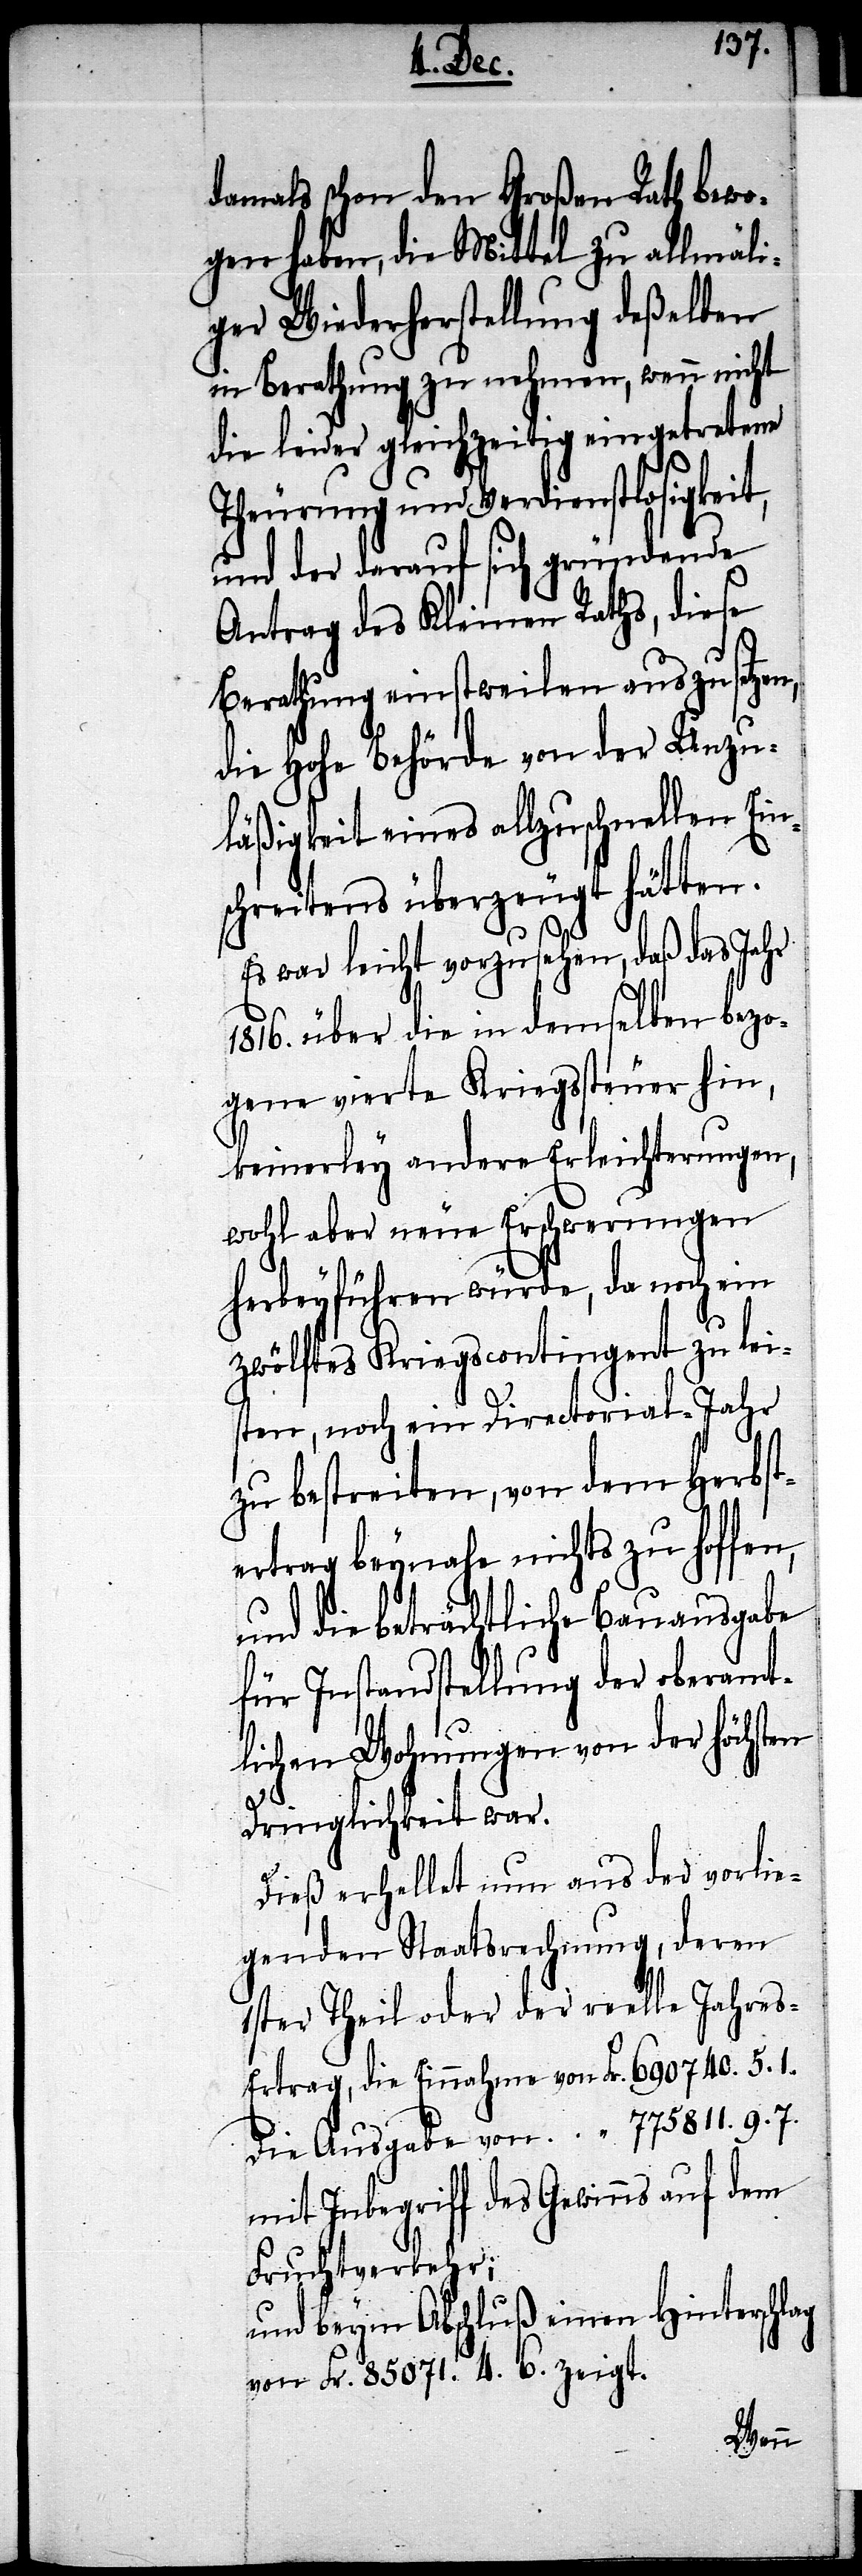
damals schon den Großen Rath bewo¬
gen haben, die Mittel zu allmäli¬
ger Wiederherstellung deßelben
in Berathung zu nehmen, wenn nicht
die leider gleichzeitig eingetretene
Theurung und Verdienstlosigkeit,
und der darauf sich gründende
Antrag des Kleinen Raths, diese
Berathung einstweilen, auszusetzen,
die Hohe Behörde von der Unzu¬
läßigkeit eines allzuschnellen Eins¬
chreitens überzeugt hätten.
Es war leicht vorzusehen, daß das Jahr
1816. über die in demselben bezo¬
gene vierte Kriegssteuer hin,
keinerley andere Erleichterungen,
wohl aber neue Erschwerungen
herbeyführen würde, da noch ein
zwölftes Kriegscontingent zu lei¬
sten, noch ein Directorial-Jahr
zu bestreiten, von dem Herbst¬
ertrag beynahe nichts zu hoffen,
und die beträchtliche Bauausgabe
für Instandstellung der oberamt¬
lichen Wohnungen von der höchsten
Dringlichkeit war.
Dieß erhellet nun aus der vorlie¬
genden Staatsrechnung, deren
1ster Theil oder der reelle Jahre¬
s-Ertrag, die Einnahme von 	Fr. 690740.5.1
Die Ausgabe von 	 “ 775711.9.7
mit Inbegriff des Gewinns auf dem
Fruchtverkehr;
und beym Abschluß einen Hinterschlag
von Fr. 85071.4.6. zeigt.